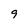
Character: 9